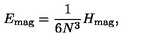
E _ { \mathrm { m a g } } = \frac { 1 } { 6 N ^ { 3 } } H _ { \mathrm { m a g } } ,